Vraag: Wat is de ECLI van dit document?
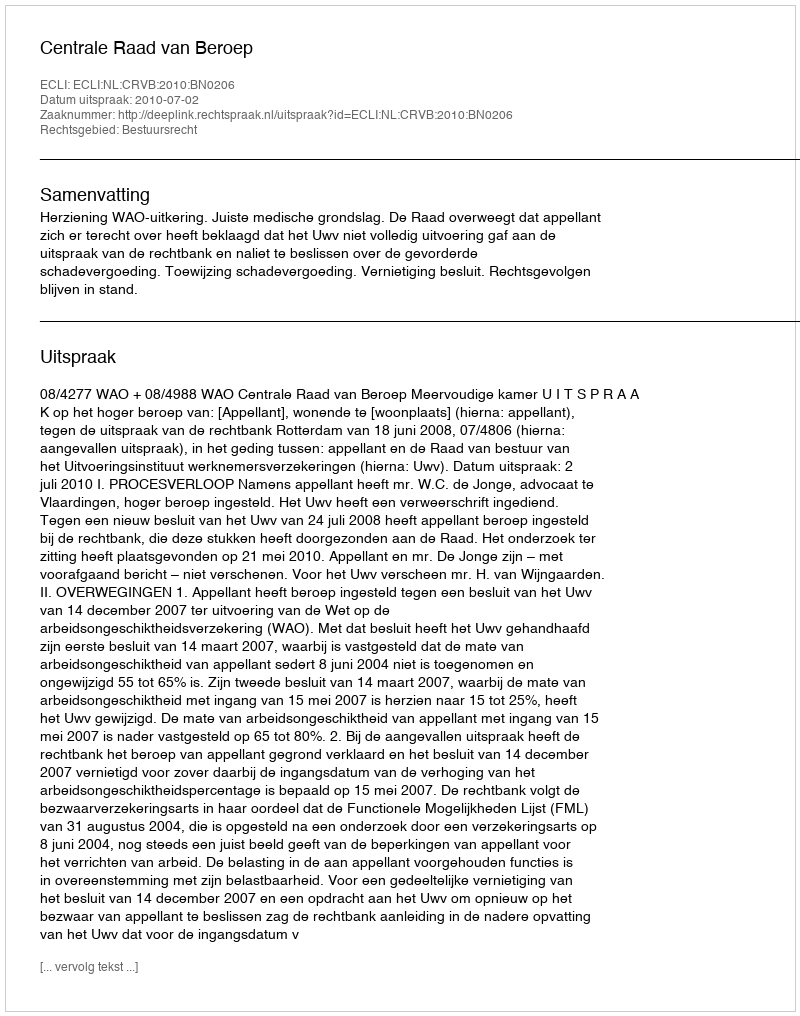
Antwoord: ECLI:NL:CRVB:2010:BN0206